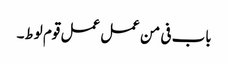
باب فی من عمل عمل قوم لوط۔